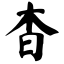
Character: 杳